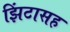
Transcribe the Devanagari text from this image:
झिंटासह